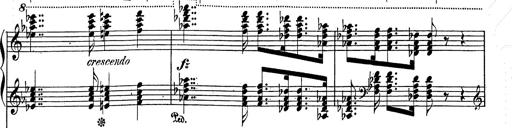
Title: Festvorspiel
Composer: Franz Liszt